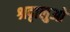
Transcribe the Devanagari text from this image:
श्रदृालुओ